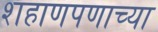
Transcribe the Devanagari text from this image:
शहाणपणाच्या